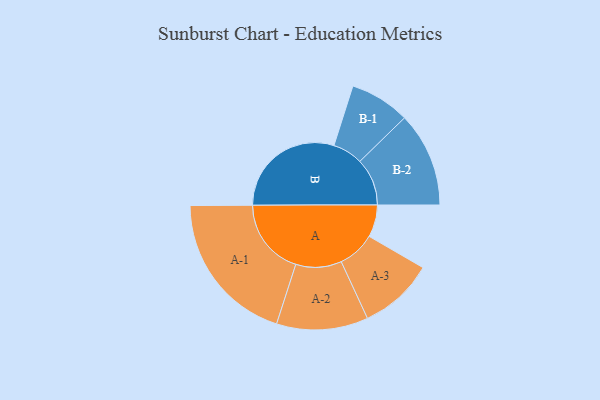
{"axis": {"x": "Segment", "y": "Value"}, "legend": ["", "A", "B"], "data": [{"x": "A", "y": 121, "type": ""}, {"x": "B", "y": 434, "type": ""}, {"x": "A-1", "y": 289, "type": "A"}, {"x": "A-2", "y": 172, "type": "A"}, {"x": "A-3", "y": 141, "type": "A"}, {"x": "B-1", "y": 113, "type": "B"}, {"x": "B-2", "y": 178, "type": "B"}]}